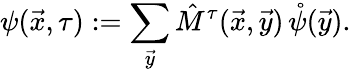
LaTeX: \psi(\vec{x},\tau):=\sum_{\vec{y}}\hat{M}^{\tau}(\vec{x},\vec{y})\, \mathring\psi(\vec{y}).